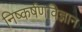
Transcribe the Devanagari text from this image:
निष्कर्षणविज्ञान